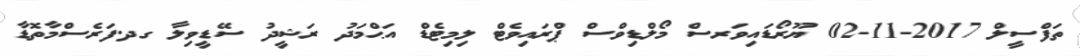
ތަފްސީލް 2017-11-02 ޔޫރޯޑައިވަރސް މޯލްޑިވްސް ޕްރައިވެޓް ލިމިޓެޑް އަޙްމަދު ރަޝީދު ސޭޑީވިލާ ގދ.ފަރެސްމާތޮޑާ